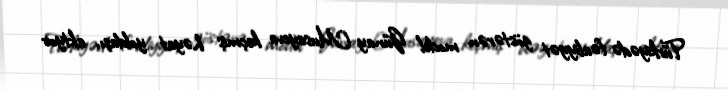
Türkiyədə fəaliyyət göstərən model Günay Musayeva keçmiş həyat yoldaşı, aktyor